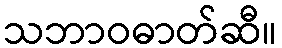
သဘာဝဓာတ်ဆီ။